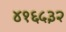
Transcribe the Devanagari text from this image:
४१६५३२